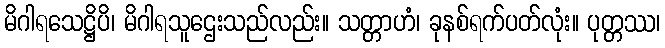
မိဂါရသေဋ္ဌိပိ၊ မိဂါရသူဌေးသည်လည်း။ သတ္တာဟံ၊ ခုနစ်ရက်ပတ်လုံး။ ပုတ္တဿ၊